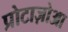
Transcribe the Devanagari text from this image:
प्रोटाज़ोआ